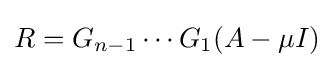
R=G_{n-1}\dotsb G_{1}(A-\mu I)